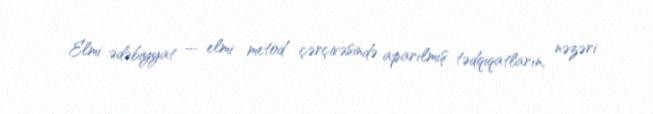
Elmi ədəbiyyat — elmi metod çərçivəsində aparılmış tədqiqatların, nəzəri